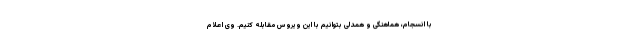
با انسجام، هماهنگی و همدلی بتوانیم با این ویروس مقابله کنیم. وی اعلام